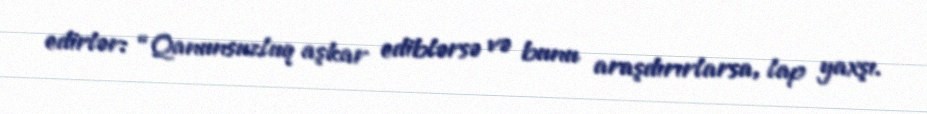
edirlər: “Qanunsuzluq aşkar ediblərsə və bunu araşdırırlarsa, lap yaxşı.